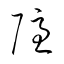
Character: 隱